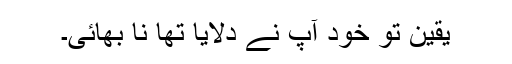
یقین تو خود آپ نے دلایا تھا نا بھائی۔